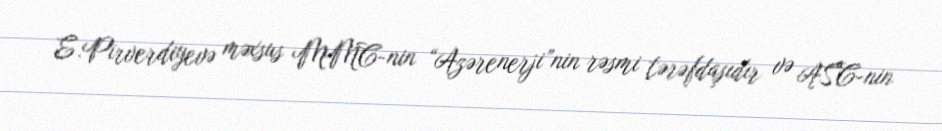
E.Pirverdiyevə məxsus MMC-nin “Azərenerji”nin rəsmi tərəfdaşıdır və ASC-nin